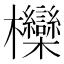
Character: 𣡵